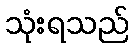
သုံးရသည်